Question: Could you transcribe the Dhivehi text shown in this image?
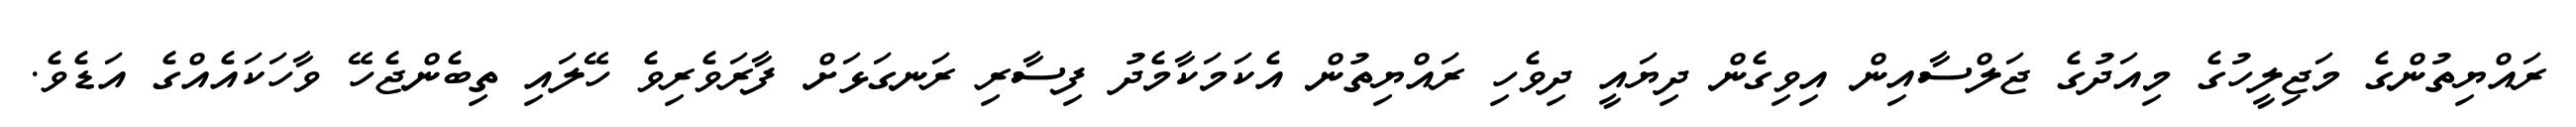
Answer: ރައްޔިތުންގެ މަޖިލީހުގެ މިއަދުގެ ޖަލްސާއިން އިވިގެން ދިޔައީ ދިވެހި ރައްޔިތުން އެކަމަކާމެދު ފިސާރި ރަނގަޅަށް ފާރަވެރިވެ ހޭލައި ތިބެންޖެހޭ ވާހަކައެއްގެ އަޑެވެ.